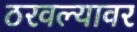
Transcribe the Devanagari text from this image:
ठरवल्यावर